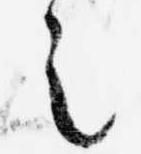
之